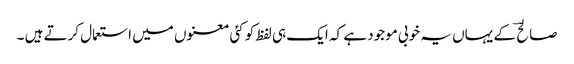
صالح ؔ کے یہاں یہ خوبی موجود ہے کہ ایک ہی لفظ کو کئی معنوں میں استعمال کرتے ہیں ۔